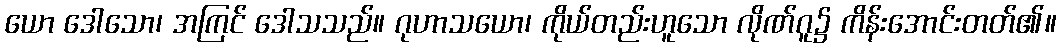
ယော ဒေါသော၊ အကြင် ဒေါသသည်။ ဂုဟာသယော၊ ကိုယ်တည်းဟူသော လိုဏ်ဂူ၌ ကိန်းအောင်းတတ်၏။